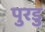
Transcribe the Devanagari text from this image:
पुरडु